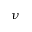
\nu